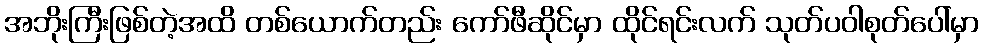
အဘိုးကြီးဖြစ်တဲ့အထိ တစ်ယောက်တည်း ကော်ဖီဆိုင်မှာ ထိုင်ရင်းလက် သုတ်ပဝါစုတ်ပေါ်မှာ